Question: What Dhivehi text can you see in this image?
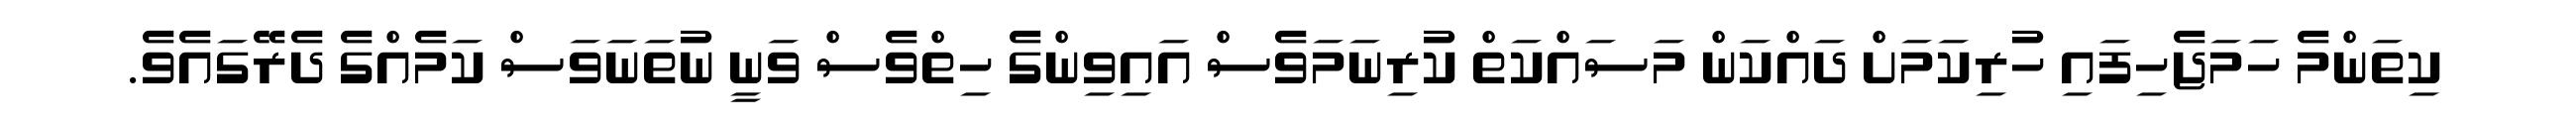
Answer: ކިތަންމެ ހަމަޖެހިފައި ހުރިކަމަށް ދައްކަން މަސައްކަތް ކުރިނަމަވެސް އައިވިންގެ ހިތްވެސް ވަނީ ނުތަނަވަސް ކަމެއްގެ ދެރޭގައެވެ.